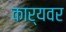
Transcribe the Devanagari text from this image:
कार्यवर